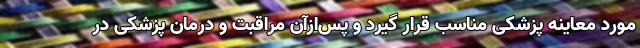
مورد معاینه پزشکی مناسب قرار گیرد و پس‌ازآن مراقبت و درمان پزشکی در